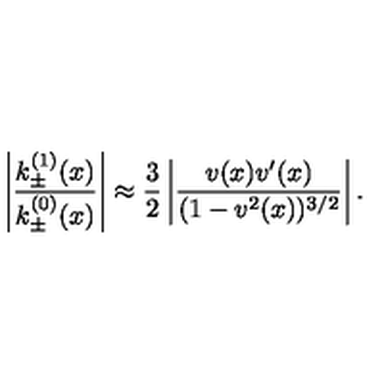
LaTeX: \left| \frac { k _ { \pm } ^ { ( 1 ) } ( x ) } { k _ { \pm } ^ { ( 0 ) } ( x ) } \right| \approx \frac { 3 } { 2 } \left| \frac { v ( x ) v ^ { \prime } ( x ) } { ( 1 - v ^ { 2 } ( x ) ) ^ { 3 / 2 } } \right| .